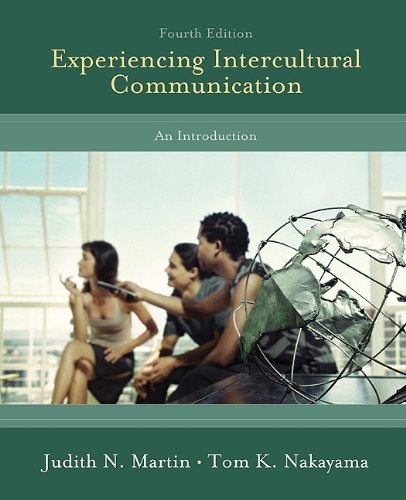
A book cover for Experiencing Intercultural Communication: An Introduction; Judith Martin; Reference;